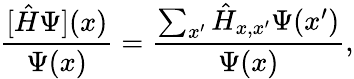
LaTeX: \frac{[\hat{H}\Psi](x)}{\Psi(x)}=\frac{\sum_{x^{\prime}}{\hat{H}}_{x,x^{\prime}}\Psi(x^{\prime})}{\Psi(x)},